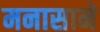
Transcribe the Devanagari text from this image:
मनासाने